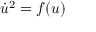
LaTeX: { \dot { u } } ^ { 2 } = f ( u )